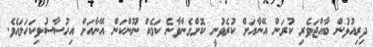
ދިރިއުޅުން ބާއްޖަވެރި ކުރަން އޭނާއަށް ކުރެވުނީ ކޮށްގެންވާނެ ކަމެއް ނޫންކަން އޭނާއަށް އިހުސާސުވިކަހަލައެވެ.